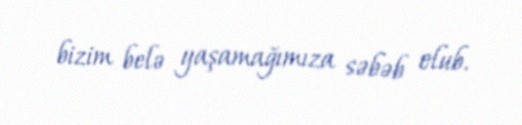
bizim belə yaşamağımıza səbəb olub.